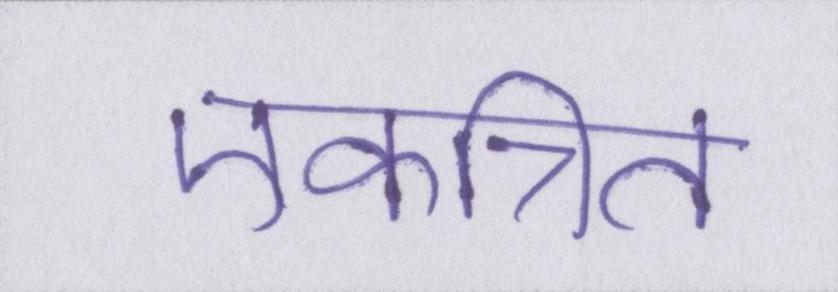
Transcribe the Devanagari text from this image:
एकत्रित